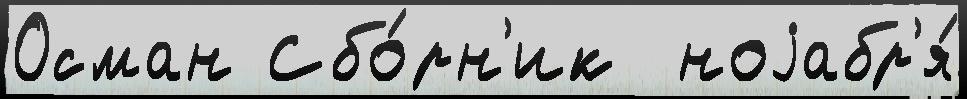
Осман Сбо́рн'ик  ноjабр'я́